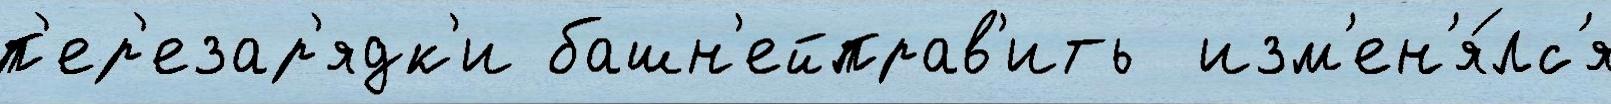
п'ер'езар'ядк'и башн'ейправ'ить  изм'ен'я́лс'я